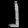
Digit: ၂